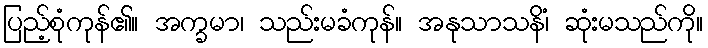
ပြည့်စုံကုန်၏။ အက္ခမာ၊ သည်းမခံကုန်။ အနုသာသနိံ၊ ဆုံးမသည်ကို။